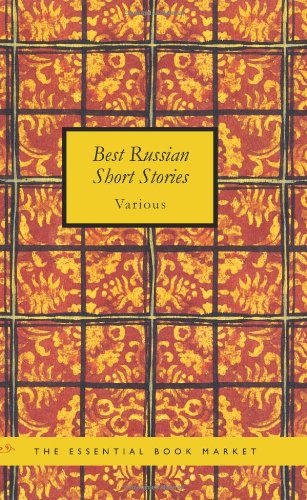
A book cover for Best Russian Short Stories; Various; Literature & Fiction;